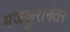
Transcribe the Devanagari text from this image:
मजकुरानंतर